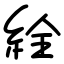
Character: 絟